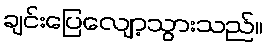
ချင်းပြေလျော့သွားသည်။